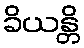
ခိယန္တိ